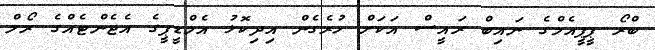
ބްރޯ ޕީޕީއެމްގެ ނައިބް ރައީސް އަކަށް ހުރެގެން އިދިކޮޅު އެމްޑީޕީގެ އެޖެންޓެއްގެ ރޯލް